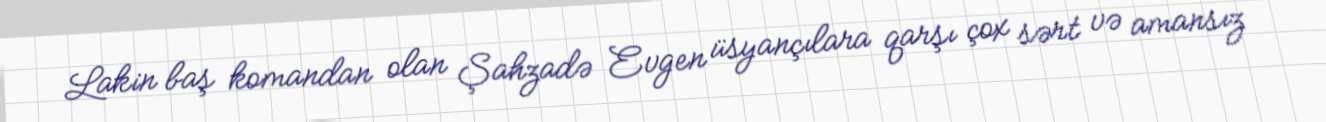
Lakin baş komandan olan Şahzadə Evgen üsyançılara qarşı çox sərt və amansız